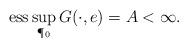
LaTeX: \begin{align*}\mathrm{ess} \sup_{\P_0} G(\cdot,e) =A< \infty. \end{align*}